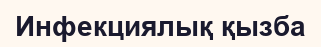
Инфекциялық қызба